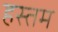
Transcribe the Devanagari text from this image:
हस्तम